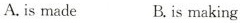
A.is made B.is making